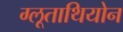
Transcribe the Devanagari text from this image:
ग्लूताथियोन